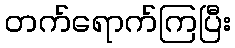
တက်ရောက်ကြပြီး